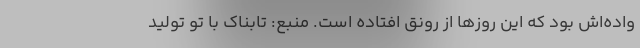
واده‌اش بود که این روز‌ها از رونق افتاده است. منبع: تابناک با تو تولید